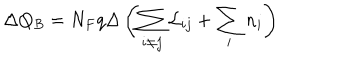
\Delta Q _ { B } = N _ { F } q \Delta \left( \sum _ { i \neq j } { \cal L } _ { i j } + \sum _ { i } n _ { i } \right)